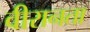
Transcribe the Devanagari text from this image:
वीरानता